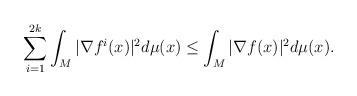
LaTeX: \begin{align*} \sum_{i=1}^{2k}\int_M|\nabla f^i(x)|^2d\mu(x)\leq\int_M|\nabla f(x)|^2d\mu(x).\end{align*}